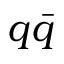
q \bar { q }